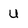
Character: U